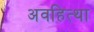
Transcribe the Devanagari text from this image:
अवहित्था